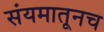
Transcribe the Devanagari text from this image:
संयमातूनच